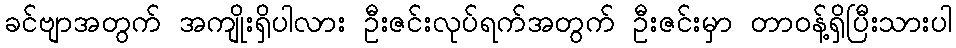
ခင်ဗျာအတွက် အကျိုးရှိပါလား ဦးဇင်းလုပ်ရက်အတွက် ဦးဇင်းမှာ တာဝန့်ရှိပြီးသားပါ